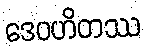
ဒေဝဟိတဿ